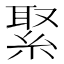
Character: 𦁫